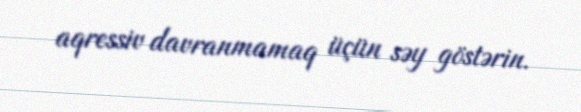
aqressiv davranmamaq üçün səy göstərin.